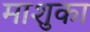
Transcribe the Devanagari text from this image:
माशुका